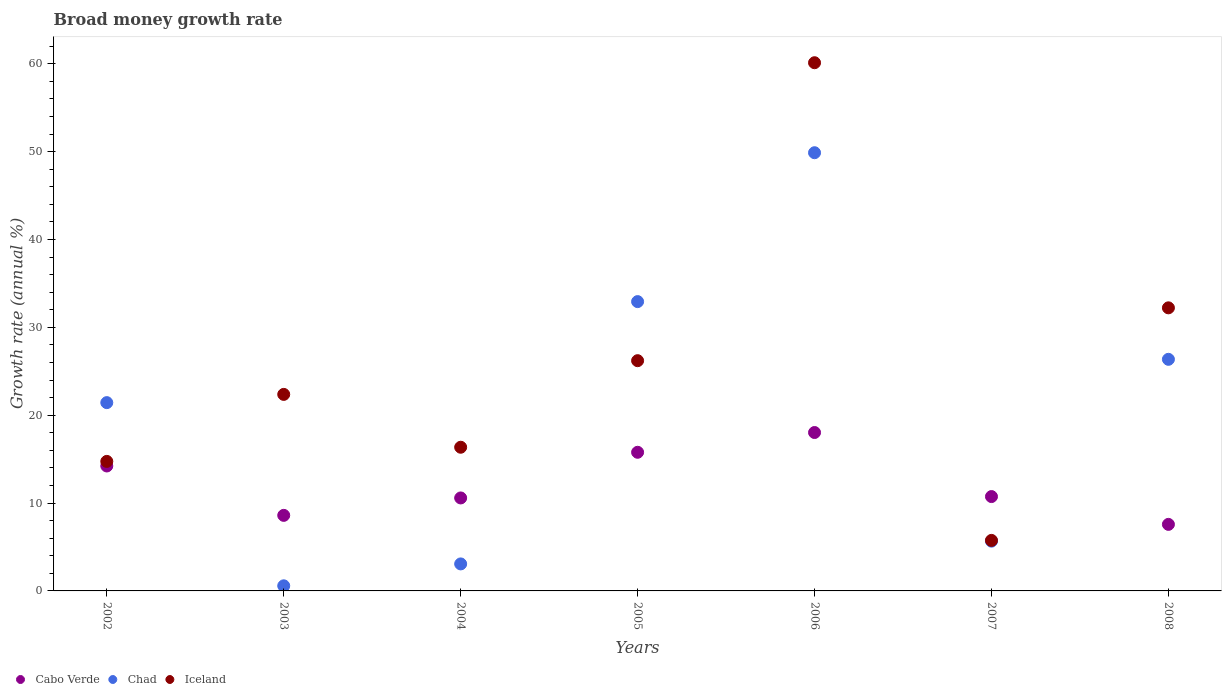
| Years | Cabo Verde | Chad | Iceland |
 | --- | --- | --- | --- |
 | 2002 | 14.2 | 21.4 | 14.7 |
 | 2003 | 8.6 | 0.581 | 22.4 |
 | 2004 | 10.6 | 3.07 | 16.4 |
 | 2005 | 15.8 | 32.9 | 26.2 |
 | 2006 | 18 | 49.9 | 60.1 |
 | 2007 | 10.7 | 5.66 | 5.75 |
 | 2008 | 7.57 | 26.4 | 32.2 |